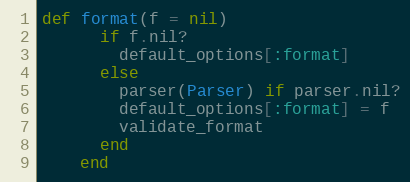
Language: Ruby
def format(f = nil)
      if f.nil?
        default_options[:format]
      else
        parser(Parser) if parser.nil?
        default_options[:format] = f
        validate_format
      end
    end